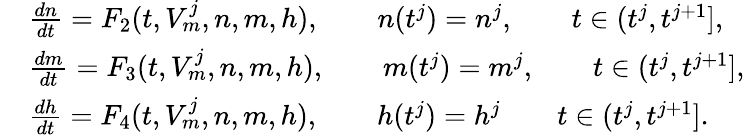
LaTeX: \begin{array}{rl}&{\frac{dn}{dt}=F_{2}(t,V_{m}^{j},n,m,h),\qquad n(t^{j})=n^{j},\qquad t\in(t^{j},t^{j+1}],}\\ &{\frac{dm}{dt}=F_{3}(t,V_{m}^{j},n,m,h),\qquad m(t^{j})=m^{j},\qquad t\in(t^{j},t^{j+1}],}\\ &{\frac{dh}{dt}=F_{4}(t,V_{m}^{j},n,m,h),\qquad h(t^{j})=h^{j}\qquad t\in(t^{j},t^{j+1}].}\end{array}